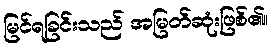
မြင်ရခြင်းသည် အမြတ်ဆုံးဖြစ်၏။